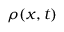
\rho ( x , t )